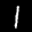
Label: 1